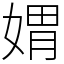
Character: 媦